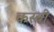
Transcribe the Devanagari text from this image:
कस्बी